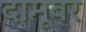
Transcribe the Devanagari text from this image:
दामूवर